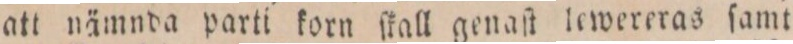
att nämnda parti korn ſkall genaſt lewereras ſamt